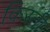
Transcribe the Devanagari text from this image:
किस्‍ती